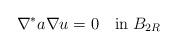
LaTeX: \begin{align*}\nabla^*a\nabla u=0\quad\mbox{in}\;B_{2R}\end{align*}